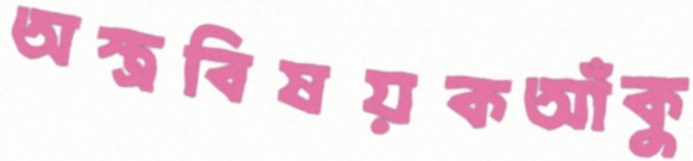
অস্ত্রবিষয়কআঁকু